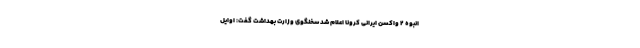
انبوه ۲ واکسن ایرانی کرونا اعلام شد سخنگوی وزارت بهداشت گفت: اوایل